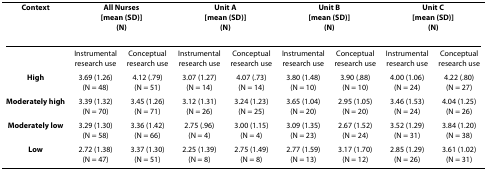
<table><thead><tr><td><b>Context</b></td><td colspan="2"><b>All Nurses[mean (SD)](N)</b></td><td colspan="2"><b>Unit A[mean (SD)](N)</b></td><td colspan="2"><b>Unit B[mean (SD)](N)</b></td><td colspan="2"><b>Unit C[mean (SD)](N)</b></td></tr></thead><tbody><tr><td></td><td>Instrumental research use</td><td>Conceptual research use</td><td>Instrumental research use</td><td>Conceptual research use</td><td>Instrumental research use</td><td>Conceptual research use</td><td>Instrumental research use</td><td>Conceptual research use</td></tr><tr><td><b>High</b></td><td>3.69 (1.26)(N = 48)</td><td>4.12 (.79)(N = 51)</td><td>3.07 (1.27)(N = 14)</td><td>4.07 (.73)(N = 14)</td><td>3.80 (1.48)(N = 10)</td><td>3.90 (.88)(N = 10)</td><td>4.00 (1.06)(N = 24)</td><td>4.22 (.80)(N = 27)</td></tr><tr><td><b>Moderately high</b></td><td>3.39 (1.32)(N = 70)</td><td>3.45 (1.26)(N = 71)</td><td>3.12 (1.31)(N = 26)</td><td>3.24 (1.23)(N = 25)</td><td>3.65 (1.04)(N = 20)</td><td>2.95 (1.05)(N = 20)</td><td>3.46 (1.53)(N = 24)</td><td>4.04 (1.25)(N = 26)</td></tr><tr><td><b>Moderately low</b></td><td>3.29 (1.30)(N = 58)</td><td>3.36 (1.42)(N = 66)</td><td>2.75 (.96)(N = 4)</td><td>3.00 (1.15)(N = 4)</td><td>3.09 (1.35)(N = 23)</td><td>2.67 (1.52)(N = 24)</td><td>3.52 (1.29)(N = 31)</td><td>3.84 (1.20)(N = 38)</td></tr><tr><td><b>Low</b></td><td>2.72 (1.38)(N = 47)</td><td>3.37 (1.30)(N = 51)</td><td>2.25 (1.39)(N = 8)</td><td>2.75 (1.49)(N = 8)</td><td>2.77 (1.59)(N = 13)</td><td>3.17 (1.70)(N = 12)</td><td>2.85 (1.29)(N = 26)</td><td>3.61 (1.02)(N = 31)</td></tr></tbody></table>